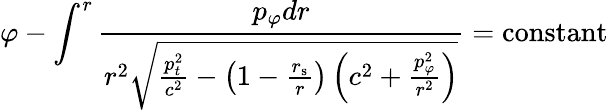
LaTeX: \varphi-\int^{r}{\frac{p_{\varphi}dr}{r^{2}{\sqrt{{\frac{p_{t}^{2}}{c^{2}}}-\left(1-{\frac{r_{\mathrm{{s}}}}{r}}\right)\left(c^{2}+{\frac{p_{\varphi}^{2}}{r^{2}}}\right)}}}}=\mathrm{constant}